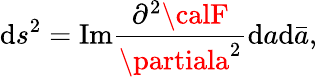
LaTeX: \mathrm{d}s^{2}=\mathrm{{Im}}\frac{{\partial^{2}{\calF}}}{{\partiala^{2}}}\mathrm{d}a\mathrm{d}\bar{{a}},